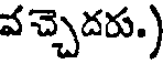
వచ్చెదరు.)